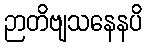
ဉာတိဗျသနေနပိ